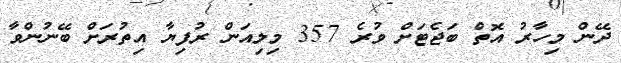
ދޭން މިހާރު އޮތް ބަޖެޓަށް ވުރެ 357 މިލިއަން ރުފިޔާ އިތުރަށް ބޭނުންވާ